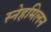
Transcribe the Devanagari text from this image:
स्नेहमिलन